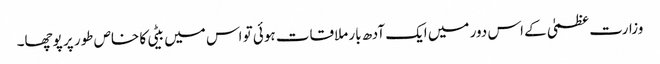
وزارت عظمیٰ کے اس دور میں ایک آدھ بار ملاقات ہوئی تو اس میں بیٹی کا خاص طور پر پوچھا۔